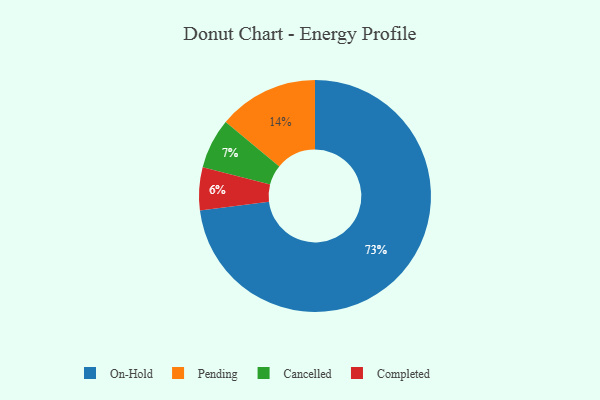
{"axis": {"x": "Category", "y": "Percentage"}, "legend": ["Cancelled", "Completed", "On-Hold", "Pending"], "data": [{"x": "Pending", "y": 14, "type": "Pending"}, {"x": "Completed", "y": 6, "type": "Completed"}, {"x": "Cancelled", "y": 7, "type": "Cancelled"}, {"x": "On-Hold", "y": 73, "type": "On-Hold"}]}